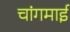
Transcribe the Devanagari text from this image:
चांगमाई